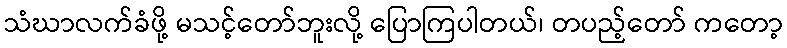
သံဃာလက်ခံဖို့ မသင့်တော်ဘူးလို့ ပြောကြပါတယ်၊ တပည့်တော် ကတော့